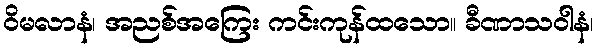
ဝိမလာနံ၊ အညစ်အကြေး ကင်းကုန်ထသော။ ခီဏာသဝါနံ၊